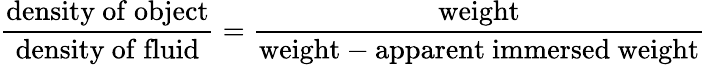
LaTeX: {\frac{\mathrm{density~of~object}}{\mathrm{density~of~fluid}}}={\frac{\mathrm{weight}}{{\mathrm{weight}}-{\mathrm{apparent~immersed~weight}}}}